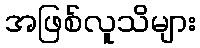
အဖြစ်လူသိများ